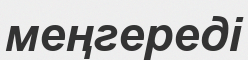
меңгереді